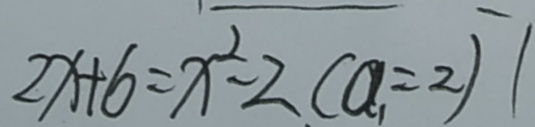
2 x + 6 = x ^ { 2 } - 2 ( a _ { 1 } = 2 ) 1